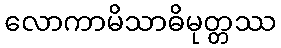
လောကာမိသာဓိမုတ္တဿ